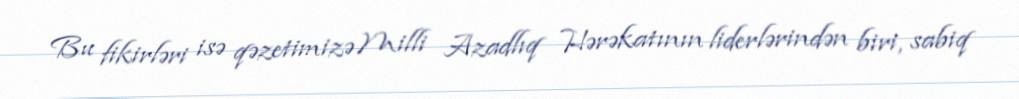
Bu fikirləri isə qəzetimizə Milli Azadlıq Hərəkatının liderlərindən biri, sabiq